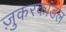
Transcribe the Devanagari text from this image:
ज़ुकरकांडल